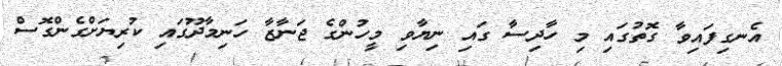
އެނގިފައިވާ ގޮތުގައި މި ހާދިސާ ގައި ނިޔާވި މީހުންގެ ޖަނާޒާ ހަނިމާދޫގައި ކުރިޔަށްގެންގޮސް